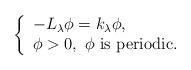
LaTeX: \begin{align*} \left\{ \begin{array}{l}-L_{\lambda} \phi = k_\lambda \phi, \\\phi > 0, \ \phi \hbox{ is periodic}.\\\end{array} \right.\end{align*}